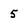
Character: 5